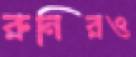
রুনিরও